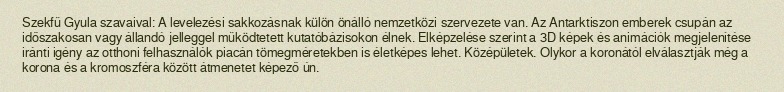
Szekfű Gyula szavaival: A levelezési sakkozásnak külön önálló nemzetközi szervezete van. Az Antarktiszon emberek csupán az időszakosan vagy állandó jelleggel működtetett kutatóbázisokon élnek. Elképzelése szerint a 3D képek és animációk megjelenítése iránti igény az otthoni felhasználók piacán tömegméretekben is életképes lehet. Középületek. Olykor a koronától elválasztják még a korona és a kromoszféra között átmenetet képező ún.